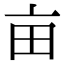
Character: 亩